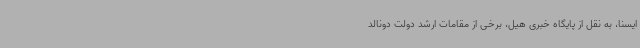
ایسنا، به نقل از پایگاه خبری هیل، برخی از مقامات ارشد دولت دونالد